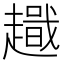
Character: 𧽫